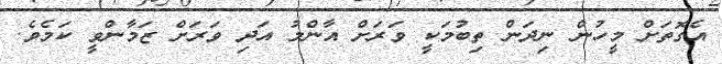
އެގޮތަށް މީހުން ނިދަން ތިބުމަކީ ވަރަށް އާންމު އަދި ވަރަށް ޒަމާންވީ ކަމެވެ.